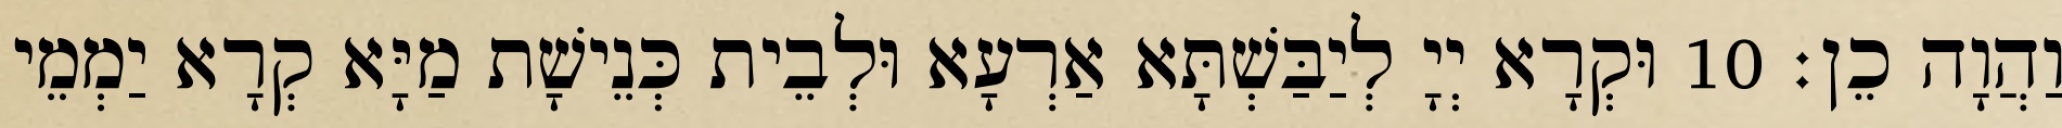
וַהֲוָה כֵן׃ 10 וּקְרָא יְיָ לְיַבַּשְׁתָּא אַרְעָא וּלְבֵית כְּנֵישָׁת מַיָּא קְרָא יַמְמֵי